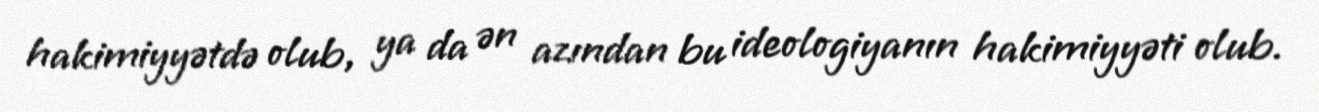
hakimiyyətdə olub, ya da ən azından bu ideologiyanın hakimiyyəti olub.